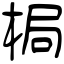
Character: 梮